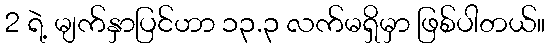
2 ရဲ့ မျက်နှာပြင်ဟာ ၁၃.၃ လက်မရှိမှာ ဖြစ်ပါတယ်။